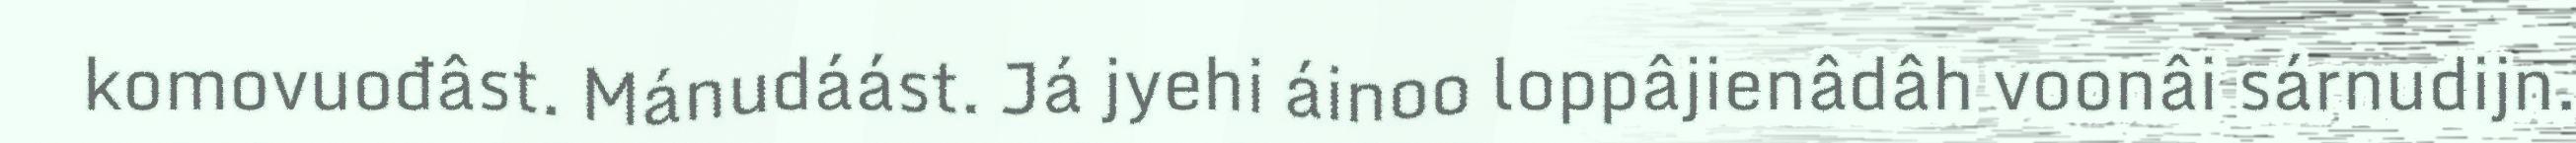
komovuođâst. Mánudáást. Já jyehi áinoo loppâjienâdâh voonâi sárnudijn.